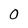
Character: 0